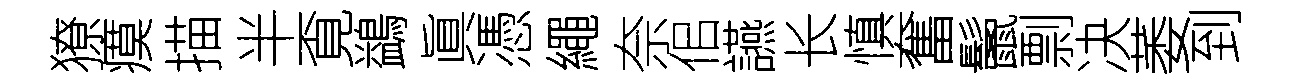
獠瘼描半覔鷁眞憑繩奈佀讌长慎奮鬛剽决萎到